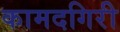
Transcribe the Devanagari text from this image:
कामदगिरी